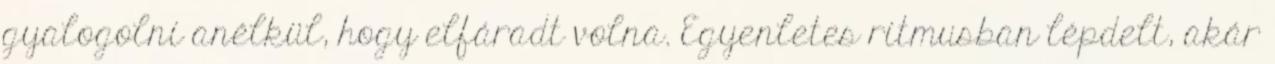
gyalogolni anélkül, hogy elfáradt volna. Egyenletes ritmusban lépdelt, akár